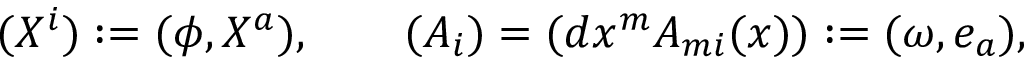
( X ^ { i } ) : = ( \phi , X ^ { a } ) , \qquad ( A _ { i } ) = ( d x ^ { m } A _ { m i } ( x ) ) : = ( \omega , e _ { a } ) ,